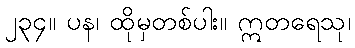
၂၃၄။ ပန၊ ထိုမှတစ်ပါး။ ဣတရေသု၊